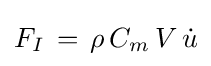
F_{I}\,=\,\rho \,C_{m}\,V\,{\dot {u}}